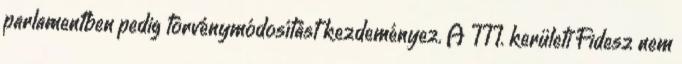
parlamentben pedig törvénymódosítást kezdeményez. A III. kerületi Fidesz nem